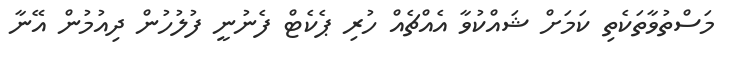
މަސްތުވާތަކެތި ކަމަށް ޝައްކުވާ އެއްޗެއް ހުރި ޕެކެޓް ފެނުނީ ފުލުހުން ދިއުމުން އޭނާ